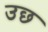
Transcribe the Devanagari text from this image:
उछ